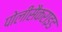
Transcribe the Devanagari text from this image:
पोलीसैकराइड